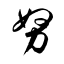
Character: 努